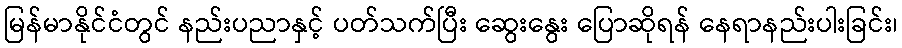
မြန်မာနိုင်ငံတွင် နည်းပညာနှင့် ပတ်သက်ပြီး ဆွေးနွေး ပြောဆိုရန် နေရာနည်းပါးခြင်း၊